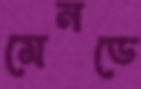
মেনডে